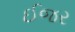
ઈજર